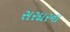
સરદારના